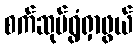
စက်ဆုပ်ရွံရှာဖွယ်